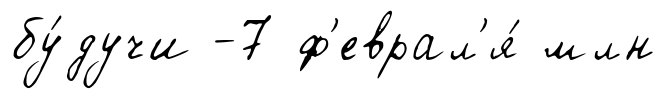
бу́дучи -7 ф'еврал'я́ млн